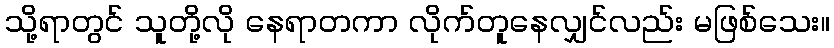
သို့ရာတွင် သူတို့လို နေရာတကာ လိုက်တူနေလျှင်လည်း မဖြစ်သေး။